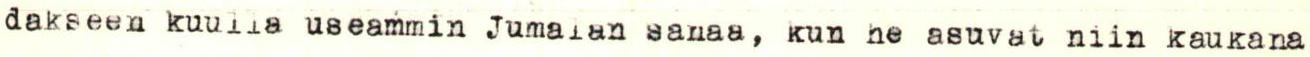
dakseen kuulla useammin Jumalan sanaa, kun he asuvat niin kaukana